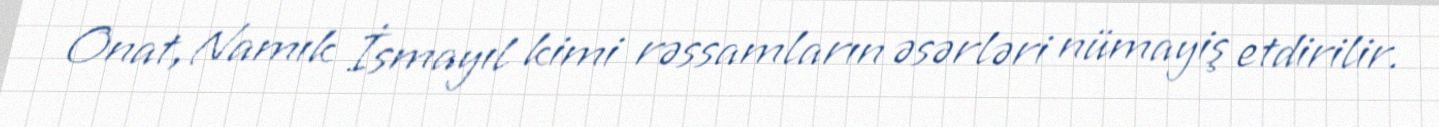
Onat, Namık İsmayıl kimi rəssamların əsərləri nümayiş etdirilir.